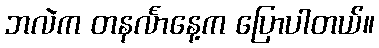
ဘလဲက တနင်္လာနေ့က ပြောပါတယ်။